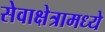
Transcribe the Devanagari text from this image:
सेवाक्षेत्रामध्ये